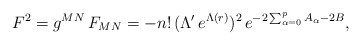
\begin{align*}F^2 = g^{MN}\, F_{MN} = - n!\, (\Lambda'\,e^{\Lambda(r)} )^2 \, e^{ -2\sum_{\alpha=0}^p A_{\alpha} -2B},\end{align*}